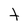
Character: t